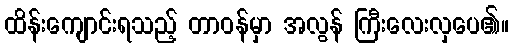
ထိန်းကျောင်းရသည့် တာဝန်မှာ အလွန် ကြီးလေးလှပေ၏။